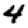
Digit: 4